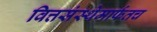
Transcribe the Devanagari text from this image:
वित्तसंस्थेमार्फतच